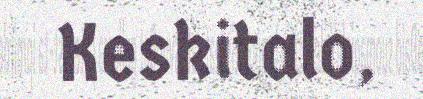
Keskitalo,